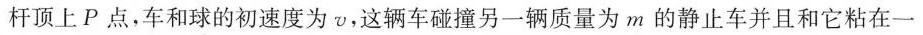
杆顶上P点，车和球的初速度为v，这辆车碰撞另一辆质量为m的静止车并且和它粘在一